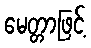
မေတ္တာဖြင့်